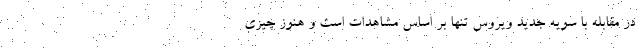
در مقابله با سویه جدید ویروس تنها بر اساس مشاهدات است و هنوز چیزی